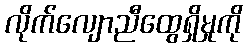
လိုက်လျောညီထွေရှိမှုကို